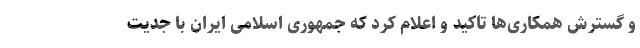
و گسترش همکاری‌ها تاکید و اعلام کرد که جمهوری اسلامی ایران با جدیت